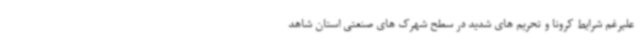
علیرغم شرایط کرونا و تحریم های شدید در سطح شهرک های صنعتی استان شاهد